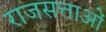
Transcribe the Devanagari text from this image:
राजसत्ताओं